Eesti_Peakonsulaat_New_Yorgis, lk 52
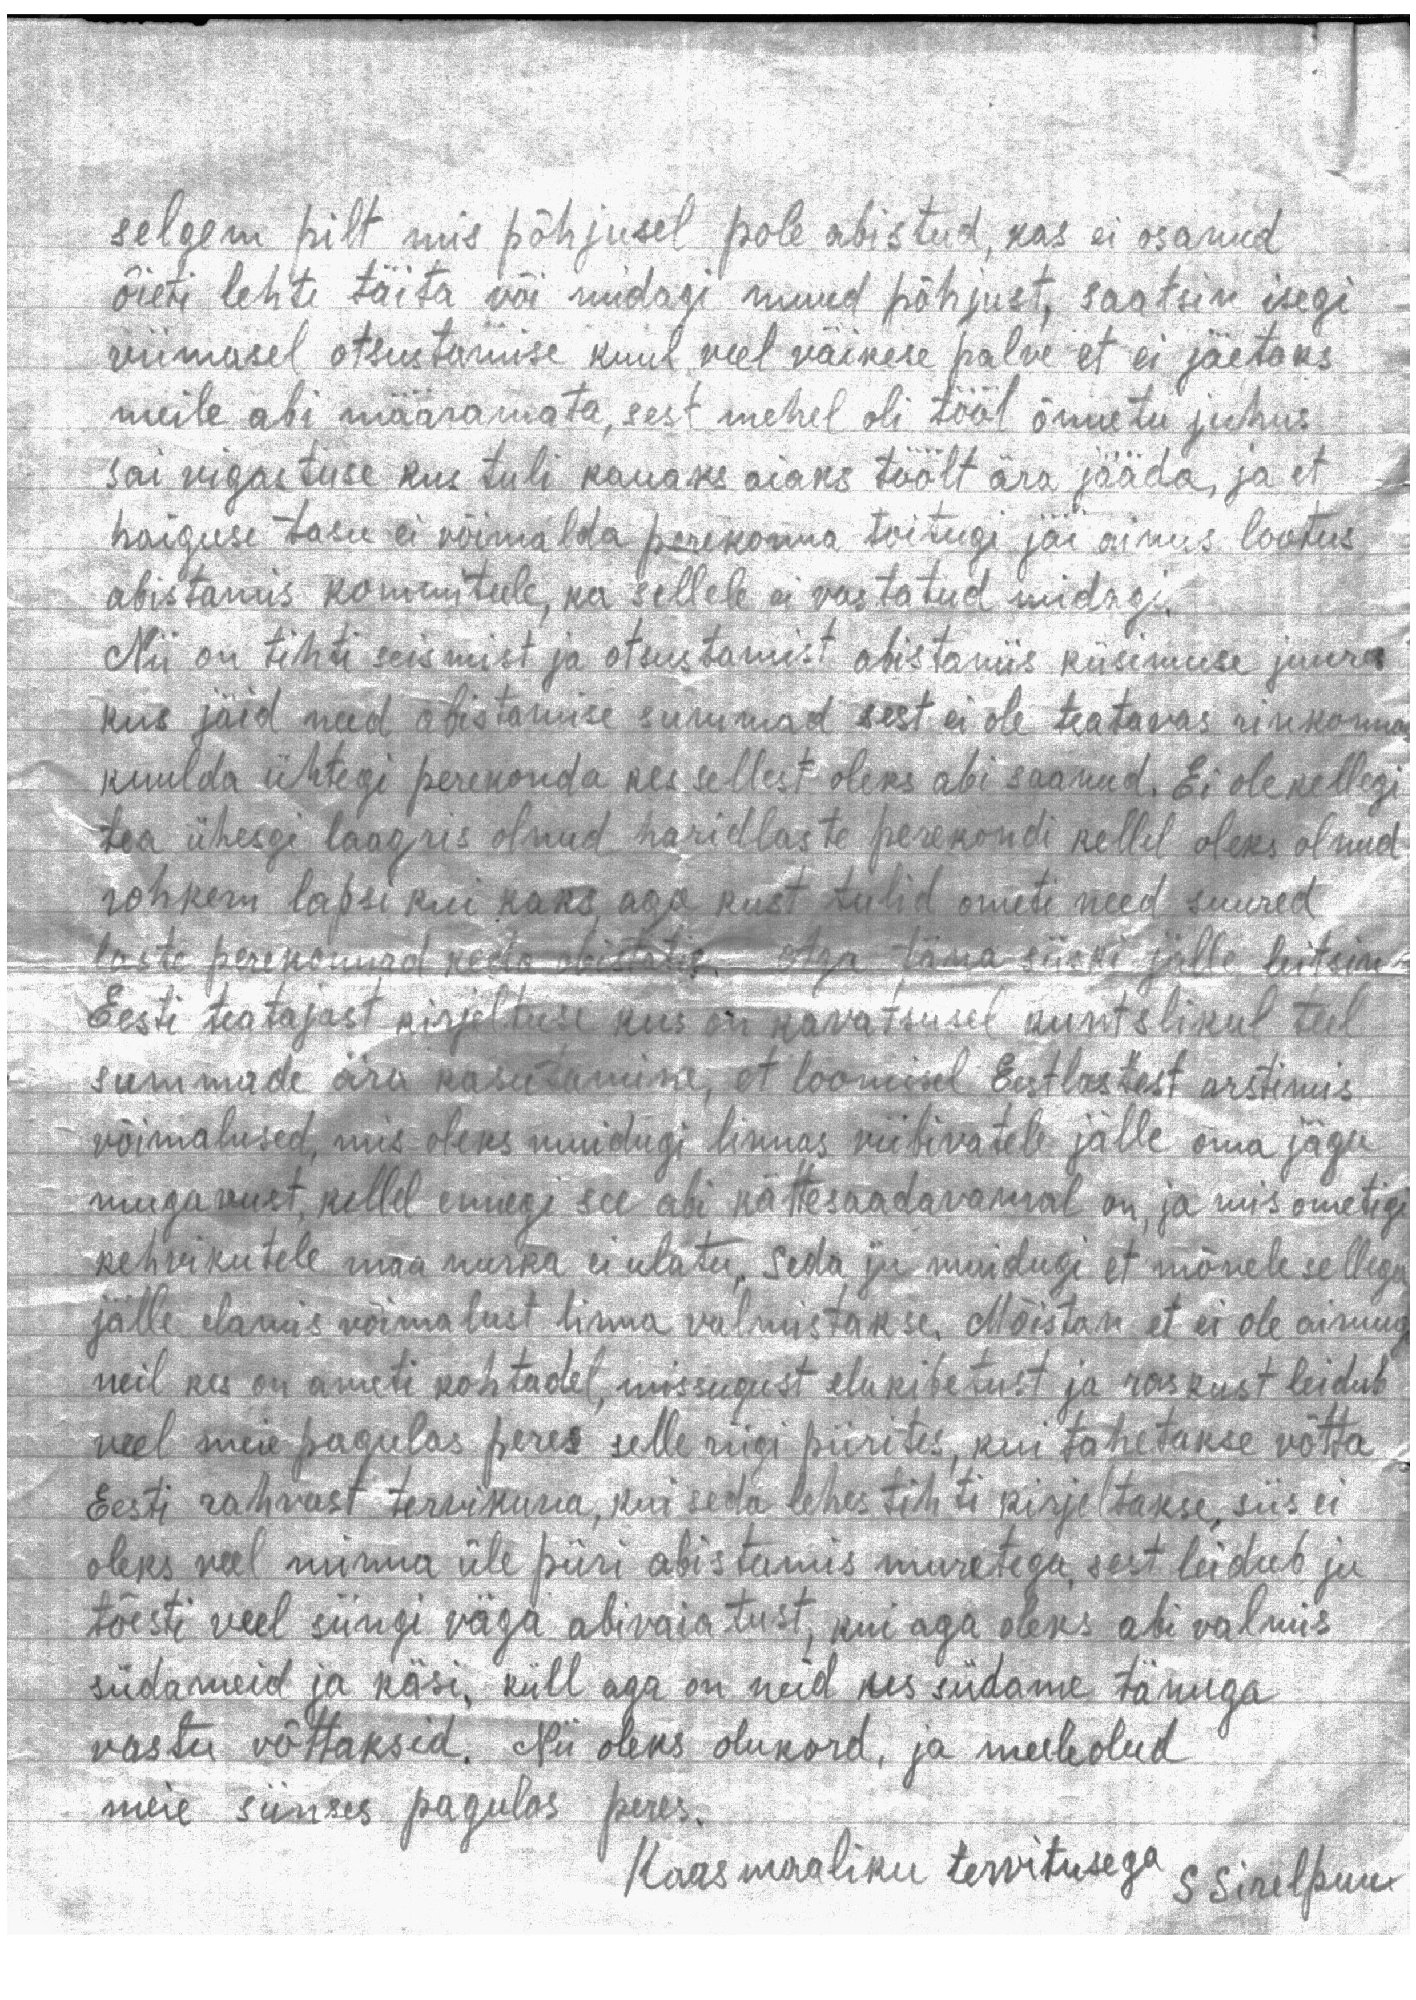
selgem pilt mis põhjusel pole abistud, kas ei osanud
õieti lehte täita või midagi muud põhjust, saatsin isegi
viimasel otsustamise kuul veel väikese palve et ei jäetaks
meile abi määramata, sest mehel oli tööl õnnetu juhus
sai vigastuse kus tuli kauaks aiaks töölt ära jääda, ja et
haiguse tasu ei võimalda perekonna toitugi jäi ainus lootus
abistamis kommiteele, ka sellele ei vastatud midagi.
Nii on tihti seismist ja otsustamist abistamis küsimuse juures
kus jäid need abistamise summad sest ei ole teatavas rinkonnas
kuulda ühtegi perekonda kes sellest oleks abi saanud. Ei ole kellegi
tea ühesgi laagris olnud haridlaste perekondi kellel oleks olnud
rohkem lapsi kui kaks, aga kust tulid ometi need suured
laste perekonnad keda abistatigi. Aga täna siiski jälle leitsim
Eesti teatajast kirjeltuse kus on kavatsusel kunstlikul teel
summade ära kasutamine, et loomisel Eestlastest arstimis
võimalused, mis oleks muidugi linnas viibivatele jälle oma jägu
mugavust, kellel ennegi see abi kättesaadavamal on, ja mis ometigi
kehvikutele maa nurka ei ulatu. Seda ju muidugi et mõnele sellega
jälle elamis võimalust linna valmistakse. Mõistan et ei ole aimugi
neil kes on ameti kohtadel, missugust elukibetust ja raskust leidub
veel meie pagulas peres selle riigi piirites, kui tahetakse võtta
Eesti rahvast tervikuna, kui seda lehes tihiti kirjeltakse, siis ei
oleks veel minna üle piiri abistamis muretega, sest leidub ju
tõesti veel siingi väga abivaiatust, kui aga oleks abi valmis
südameid ja käsi, küll aga on neid kes südame tänuga
vastu võttaksid. Nii oleks olukord, ja meeleolud
meie siinses pagulas peres.
Kaasmaaliku tervitusega S Sirelpuu